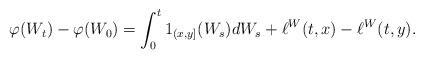
LaTeX: \begin{align*}\varphi(W_t)-\varphi(W_0)=\int_0^t 1_{(x,y]}(W_s)dW_s+\ell^W(t,x)-\ell^W(t,y). \end{align*}